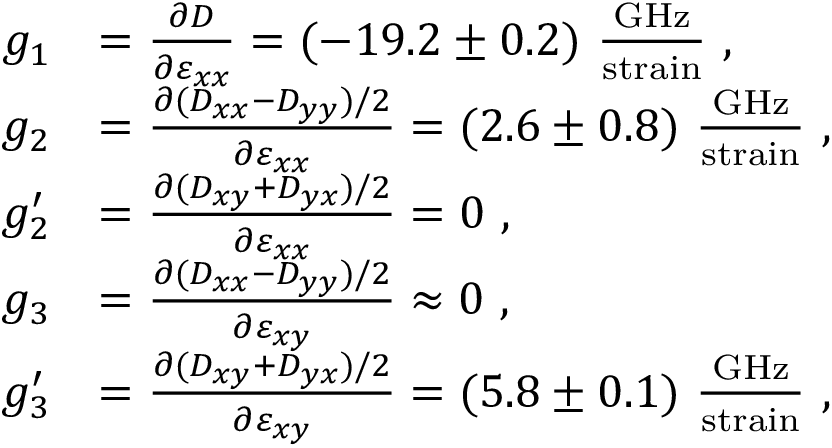
\begin{array} { r l } { g _ { 1 } } & { = \frac { \partial D } { \partial \varepsilon _ { x x } } = ( - 1 9 . 2 \pm 0 . 2 ) ~ \frac { \mathrm { G H z } } { \mathrm { s t r a i n } } \ \mathrm { , } } \\ { g _ { 2 } } & { = \frac { \partial ( D _ { x x } - D _ { y y } ) / 2 } { \partial \varepsilon _ { x x } } = ( 2 . 6 \pm 0 . 8 ) ~ \frac { \mathrm { G H z } } { \mathrm { s t r a i n } } \ \mathrm { , } } \\ { g _ { 2 } ^ { \prime } } & { = \frac { \partial ( D _ { x y } + D _ { y x } ) / 2 } { \partial \varepsilon _ { x x } } = 0 \ \mathrm { , } } \\ { g _ { 3 } } & { = \frac { \partial ( D _ { x x } - D _ { y y } ) / 2 } { \partial \varepsilon _ { x y } } \approx 0 \ \mathrm { , } } \\ { g _ { 3 } ^ { \prime } } & { = \frac { \partial ( D _ { x y } + D _ { y x } ) / 2 } { \partial \varepsilon _ { x y } } = ( 5 . 8 \pm 0 . 1 ) ~ \frac { \mathrm { G H z } } { \mathrm { s t r a i n } } \ \mathrm { , } } \end{array}